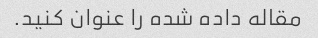
مقاله داده شده را عنوان کنید.